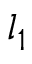
l _ { 1 }